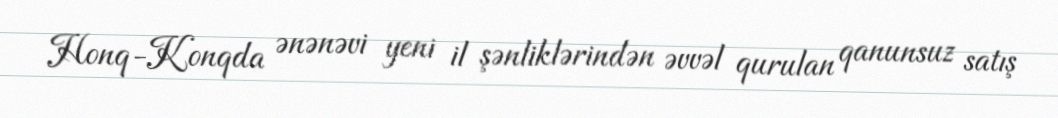
Honq-Konqda ənənəvi yeni il şənliklərindən əvvəl qurulan qanunsuz satış